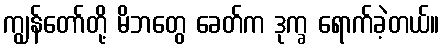
ကျွန်တော်တို့ မိဘတွေ ခေတ်က ဒုက္ခ ရောက်ခဲ့တယ်။